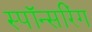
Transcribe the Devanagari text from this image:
स्पॉन्सरिंग